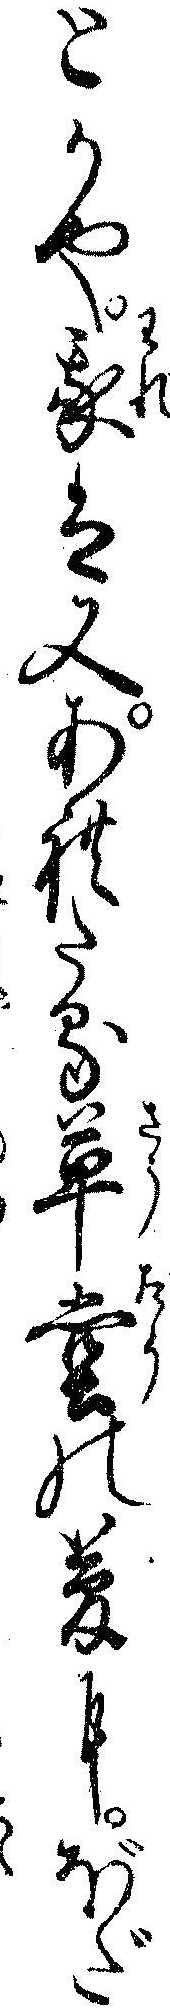
とかや我は又あれたる草堂の夢にぼだ